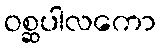
ဝစ္ဆပါလကော